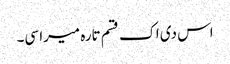
اس دی اک قسم تارہ میرا سی۔